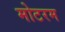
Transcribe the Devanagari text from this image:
मोटरम